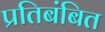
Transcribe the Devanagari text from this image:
प्रतिबंबित